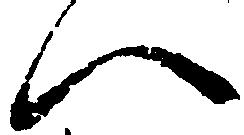
ハ